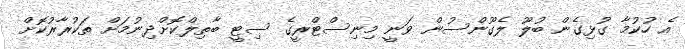
އެ ހުކުމާ ގުޅިގެން ބުލޫ ލެގޫންސުން ވަނީ މިނިސްޓްރީގެ ސިޓީ ބާތިލްކޮށްދިނުމަށް ތަކުރާރުކޮށް